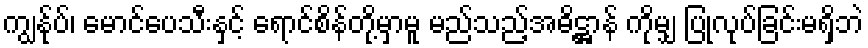
ကျွန်ုပ်၊ မောင်ပေသီးနှင့် ရောင်စိန်တို့မှာမူ မည်သည့်အဓိဋ္ဌာန် ကိုမျှ ပြုလုပ်ခြင်းမရှိဘဲ